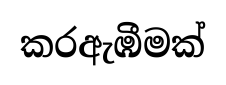
කරඇඹීමක්